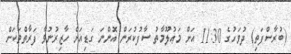
(ބުރާސްފަތި) ދުވަހުގެ 11:30 އަށް މަޢުލޫމާތު ސާފުކުރަން އޮންނަ ގަޑިއަށް ހާޒިރުނުވާ ފަރާތްތަކަށް